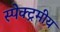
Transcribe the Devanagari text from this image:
स्पेक्ट्रमीय